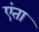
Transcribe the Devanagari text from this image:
एंता